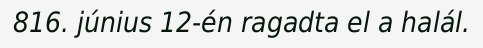
816. június 12-én ragadta el a halál.